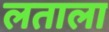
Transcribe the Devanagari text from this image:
लताला